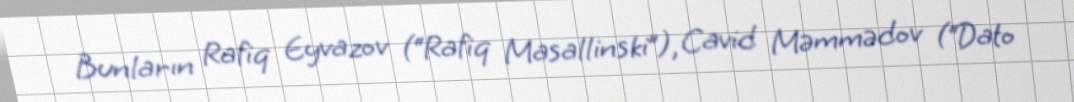
Bunların Rafiq Eyvazov (“Rafiq Masallinski”), Cavid Məmmədov (“Dato